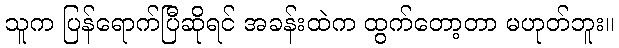
သူက ပြန်ရောက်ပြီဆိုရင် အခန်းထဲက ထွက်တော့တာ မဟုတ်ဘူး။